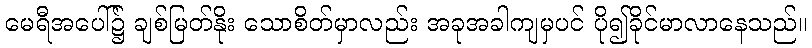
မေရီအပေါ်၌ ချစ်မြတ်နိုး သောစိတ်မှာလည်း အခုအခါကျမှပင် ပို၍ခိုင်မာလာနေသည်။